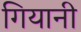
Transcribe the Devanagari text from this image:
गियानी